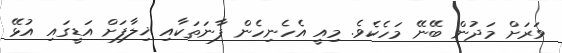
ވަރަށް މަދުން ބޭނޭ މަހެކެވެ. މިއީ އެހެނިހެން ފާނަތަކާއި ޚިލާފަށް އަޑީގައި އުޅޭ